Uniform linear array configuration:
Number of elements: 24
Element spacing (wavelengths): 0.75
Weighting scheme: kaiser
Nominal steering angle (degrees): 0
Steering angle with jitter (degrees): -1.761
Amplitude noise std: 0.05
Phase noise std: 0.05

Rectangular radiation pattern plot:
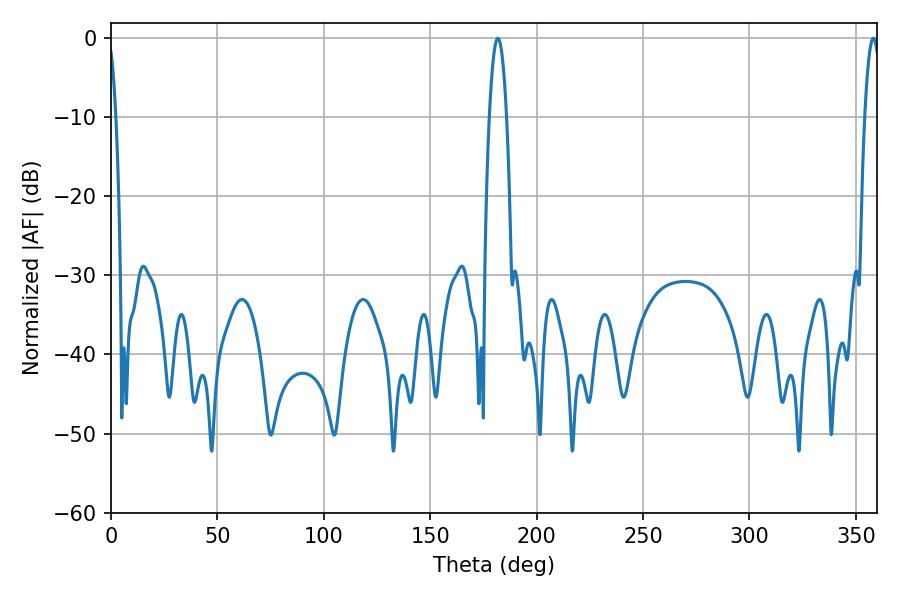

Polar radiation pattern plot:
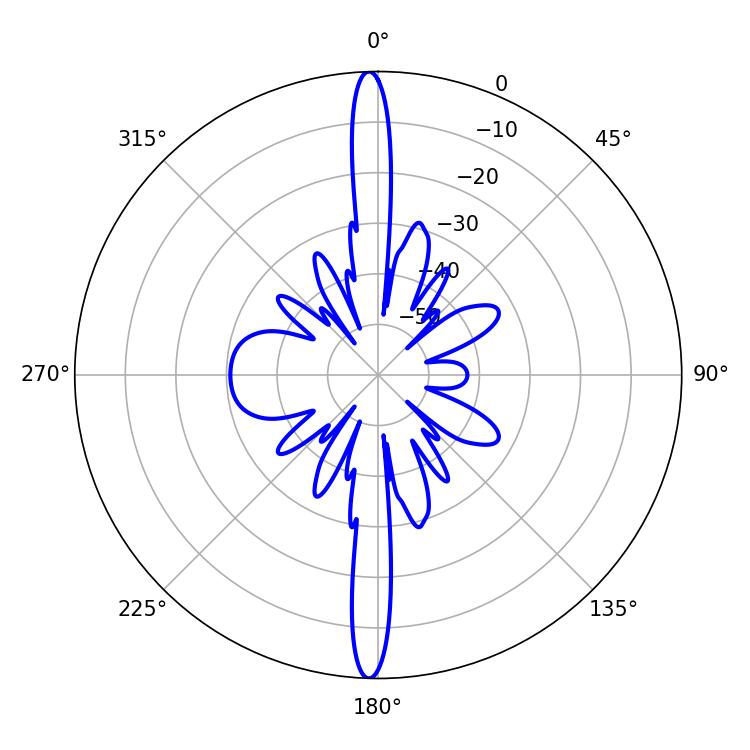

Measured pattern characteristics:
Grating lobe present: TRUE
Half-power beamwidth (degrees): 4.32
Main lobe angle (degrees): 181.8